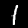
Digit: 1